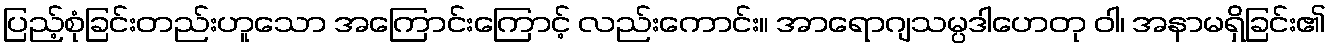
ပြည့်စုံခြင်းတည်းဟူသော အကြောင်းကြောင့် လည်းကောင်း။ အာရောဂျသမ္ပဒါဟေတု ဝါ၊ အနာမရှိခြင်း၏